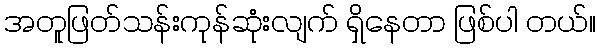
အတူဖြတ်သန်းကုန်ဆုံးလျက် ရှိနေတာ ဖြစ်ပါ တယ်။